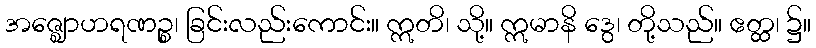
အဇ္ဈောဟရဏဉ္စ၊ ခြင်းလည်းကောင်း။ ဣတိ၊ သို့။ ဣမာနိ ဒွေ၊ တို့သည်။ ဧတ္ထ၊ ၌။